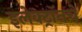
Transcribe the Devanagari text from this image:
इलेक्ट्रॉनचे